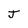
Character: J